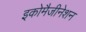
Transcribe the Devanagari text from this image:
इकोमैजीनेशन